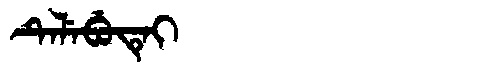
Manchu: ᡨᡝᠯᡝᠪᡠᡨᡝᡳ
Romanization: TELEBUTEI